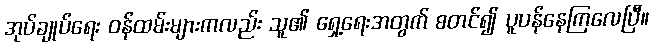
အုပ်ချုပ်ရေး ဝန်ထမ်းများကလည်း သူ၏ ရှေ့ရေးအတွက် စတင်၍ ပူပန်နေကြလေပြီ။